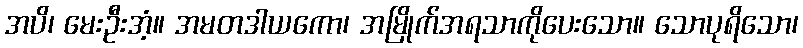
အပိ၊ မေးဦးအံ့။ အမတဒါယကော၊ အမြိုက်အရသာကိုပေးသော။ သောပုရိသော၊